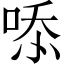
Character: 㖭